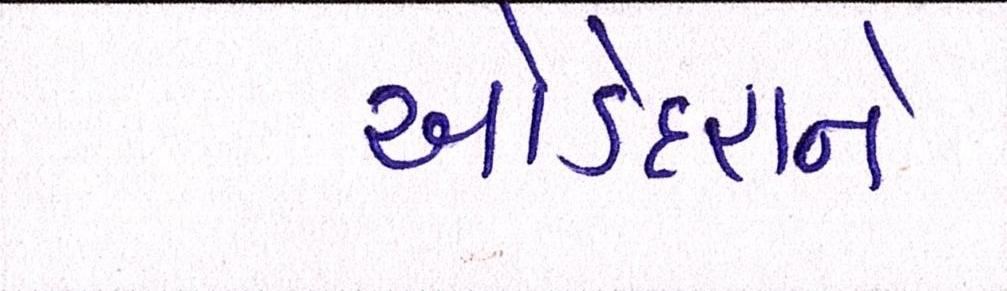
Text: ઓડેદરાને